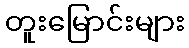
တူးမြောင်းများ